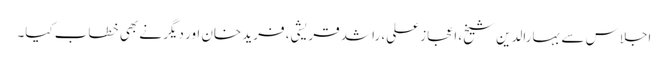
اجلاس سے بہارالدین شیخ، اعجاز علی، راشد قریشی، فرید خان اور دیگر نے بھی خطاب کیا۔